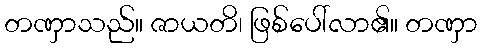
တဏှာသည်။ ဇာယတိ၊ ဖြစ်ပေါ်လာ၏။ တဏှာ